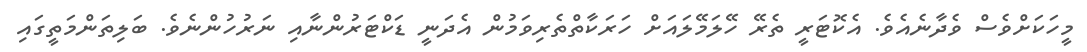
މީހަކަށްވެސް ވެދާނެއެވެ. އެކޮޓަރީ ތެރޭ ހޭލަމޭލައަށް ހަރަކާތްތެރިވަމުން އެދަނީ ޑަކްޓަރުންނާއި ނަރުހުންނެވެ. ބަލިތަންމަތީގައި